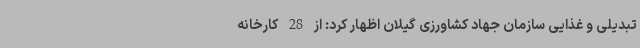
تبدیلی و غذایی سازمان جهاد کشاورزی گیلان اظهار کرد: از 28 کارخانه